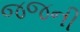
જજની